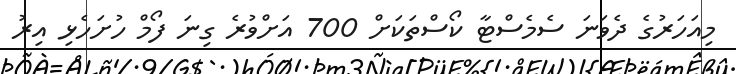
މިއަހަރުގެ ދެވަނަ ސެމެސްޓާ ކޯސްތަކަށް 700 އަށްވުރެ ގިނަ ފޯމް ހުށަހެޅި އިރު